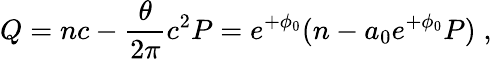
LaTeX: Q=nc-\frac{\theta}{2\pi}c^{2}P=e^{+\phi_{0}}(n-a_{0}e^{+\phi_{0}}P)\; ,